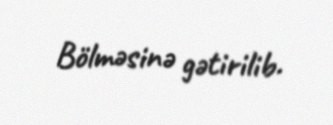
Bölməsinə gətirilib.